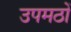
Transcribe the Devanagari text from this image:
उपमठों